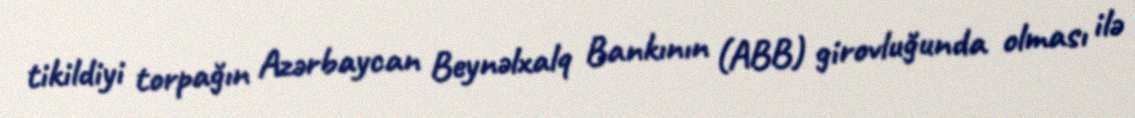
tikildiyi torpağın Azərbaycan Beynəlxalq Bankının (ABB) girovluğunda olması ilə